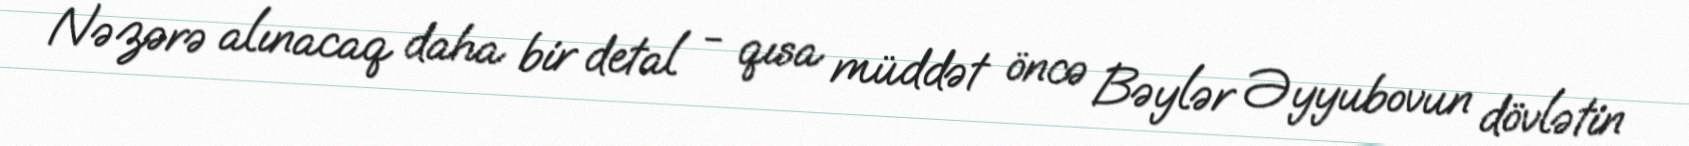
Nəzərə alınacaq daha bir detal - qısa müddət öncə Bəylər Əyyubovun dövlətin